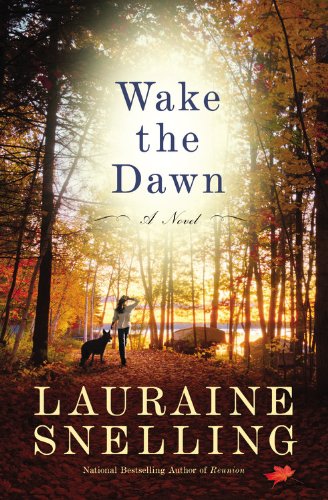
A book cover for Wake the Dawn: A Novel; Lauraine Snelling; Romance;